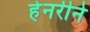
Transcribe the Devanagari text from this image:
हेनरीने